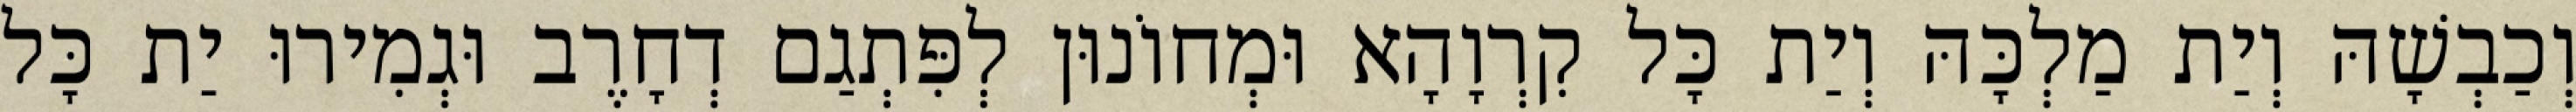
וְכַבְשָׁהּ וְיַת מַלְכָּהּ וְיַת כָּל קִרְוָהָא וּמְחוֹנוּן לְפִּתְגַם דְחָרֶב וּגְמִירוּ יַת כָּל